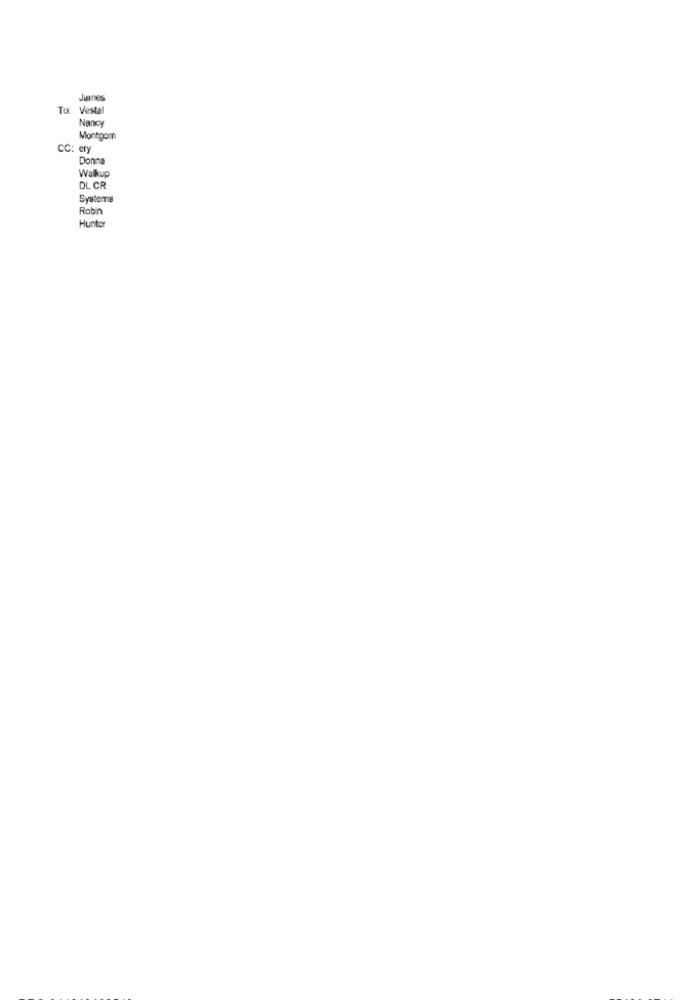
Juines
To. Vestal
Nancy
Montgom
CC: ery
Donna
Walkup
DL CR
Systems
Robin
Hunter